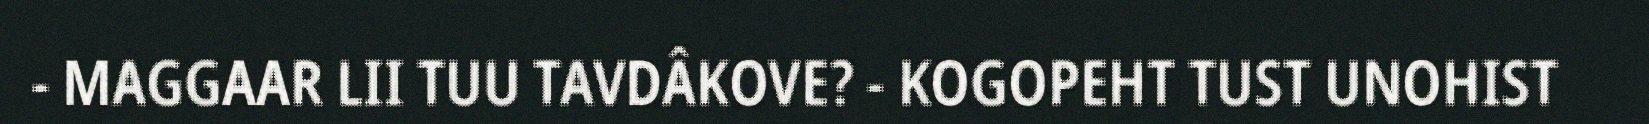
- MAGGAAR LII TUU TAVDÂKOVE? - KOGOPEHT TUST UNOHIST